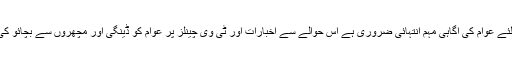
ڈاکٹر رشید نے بتایا کہ اس مہم کو کامیاب بنانے کیلئے عوام کی آگاہی مہم انتہائی ضروری ہے اس حوالے سے اخبارات اور ٹی وی چینلز پر عوام کو ڈینگی اور مچھروں سے بچائو کی حفاظتی تدابیر سے آگاہ کرنا انتہائی ضروری ہے ۔